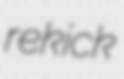
rekick